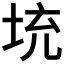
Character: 𡊿